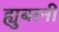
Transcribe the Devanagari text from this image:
ह्युबरनी